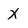
Character: x